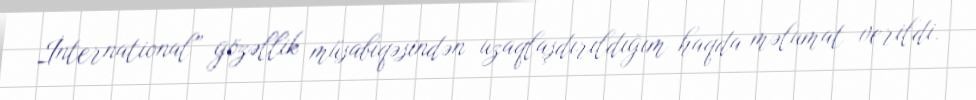
İnternational” gözəllik müsabiqəsindən uzaqlaşdırıldığım haqda məlumat verildi.